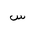
Letter: _sin